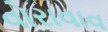
વોરાવાવ